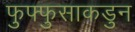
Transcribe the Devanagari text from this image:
फुफ्फुसाकडुन